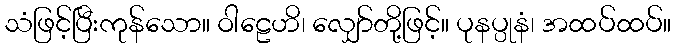
သံဖြင့်ပြီးကုန်သော။ ဝါဠေဟိ၊ လျှော်တို့ဖြင့်။ ပုနပ္ပုနံ၊ အထပ်ထပ်။